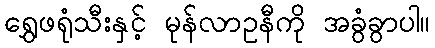
ရွှေဖရုံသီးနှင့် မုန်လာဥနီကို အခွံခွာပါ။